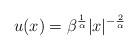
LaTeX: \begin{align*} u(x) = \beta^{\frac{1}{\alpha}}|x|^{-\frac{2}{\alpha}}\end{align*}